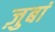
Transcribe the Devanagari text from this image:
ज़ुबां